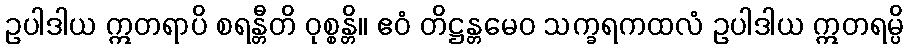
ဥပါဒါယ ဣတရာပိ စရန္တီတိ ဝုစ္စန္တိ။ ဧဝံ တိဋ္ဌန္တမေဝ သက္ခရကထလံ ဥပါဒါယ ဣတရမ္ပိ